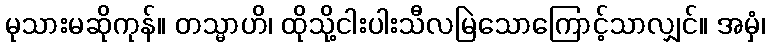
မုသားမဆိုကုန်။ တသ္မာဟိ၊ ထိုသို့ငါးပါးသီလမြဲသောကြောင့်သာလျှင်။ အမှံ၊